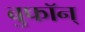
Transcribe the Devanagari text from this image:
बुफॉन्